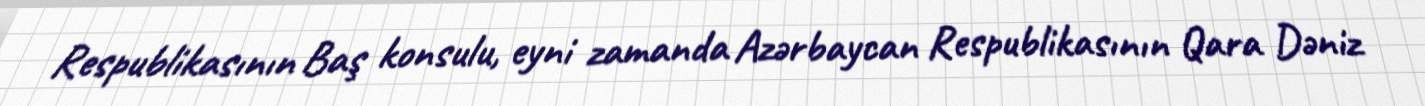
Respublikasının Baş konsulu, eyni zamanda Azərbaycan Respublikasının Qara Dəniz